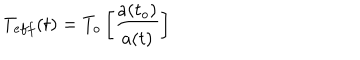
T _ { e f f } ( t ) = T _ { o } \left[ \frac { a ( t _ { o } ) } { a ( t ) } \right]